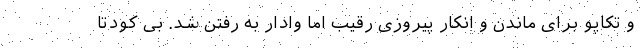
و تکاپو برای ماندن و انکار پیروزی رقیب اما وادار به رفتن شد. بی کودتا